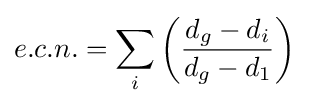
e.c.n.=\sum _{i}\left({\frac {d_{g}-d_{i}}{d_{g}-d_{1}}}\right)